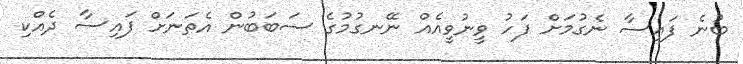
ބުނެ ފައިސާ ނެގުމަށް ފަހު ވީނުވީއެއް ނޭނގުމުގެ ސަބަބުން އެތަނަށް ފައިސާ ދެއްކި